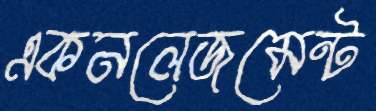
একনলেজমেন্ট